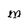
Character: M